Annual report on the working of the lock hospitals in the Central Provinces
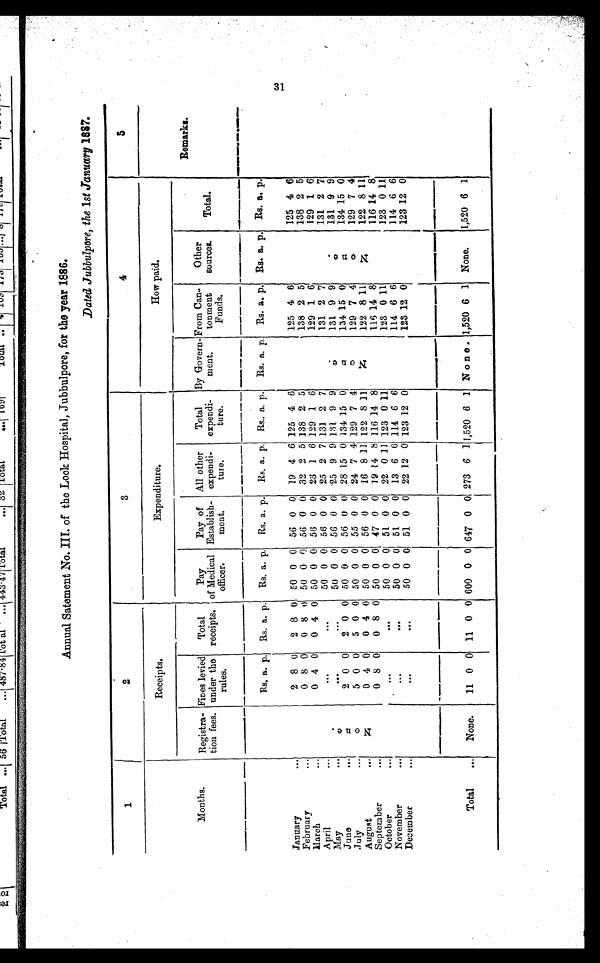
Annual Satement No. III. of the Lock Hospital, Jubbulpore, for the year 1886.
Dated Jubbulpore, the 1st January 1887.
1
2
3
4
5
Receipts.
Expenditure.
How paid.
Months.
Registra-
tion fees.
Fines levied
under the
rules.
Total
receipts.
Pay
of Medical
officer.
Pay of
Establish-
ment.
All other
expendi-
ture.
Total
expendi-
ture.
By Govern-
ment.
From Can
tonment
Funds.
Other
sources.
Total.
Remarks.
N o n e .
Rs. a. p. Rs. a. p.
Rs. a. p.
Rs. a. p. Rs. a. p. Rs. a. p.
Rs. a. p. Rs. a. p. Rs. a. p. Rs. a. p.
January
...
2 8 0
2 8 0 50 0 0 56 0 0 19 4 6 125 4 6
N o n e .
125 4 6
N o n e .
125 4 6
February
...
0 8 0
0 8
0 50 0 0 56 0 0 32 2 5 138 2 5
138 2 5
138 2 5
March
...
0 4 0
0 4 0 50 0 0 56 0 0 23 1 6 129 1 6
129 1 6
129 1 6
April
...
. . .
50 0 0 56 0 0 25 2 7 131 2 7
131 2 7
131 2 7
May ...
. . .
50 0 0 56 0 0 25 9 9 131 9 9
131 9 9
131 9 9
June
...
2 0 0
2 0 0 50 0 0 56 0
0 28
1 5 0 134 15 0
134
1 5 0
134 15 0
July
...
5 0 0
5 0 0 50 0 0 55 0 0 24 7 4 129 7 4
129 7 4
129 7 4
August
...
0 4 0
0 4 0 50 0 0 56 0 0 16 8 11 122 8 11
122 8 11
122 8 11
September
...
0 8 0
0 8 0 50 0 0 47 0 0 19
1 4 8 116 14 8
116
1 4 8
116 14 8
October
...
. . .
50 0 0 51 0 0 22 0 11 123 0 11
123 0 11
123 0 11
November
...
. . .
50 0 0 51 0 0 13 6 6 114 6 6
114 6 6
114 6 6
December
...
. . .
50 0 0 51 0 0 22
1 2
0 123 12 0
123
1 2
0
123 12 0
Total
...
None.
11 0 0 11 0 0 600 0 0 647 0 0 273 6 1 1,520 6 1 None. 1,520 6 1 None.
1,520 6 1
31